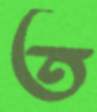
ত